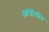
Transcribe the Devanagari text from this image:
आंद्रीचोव